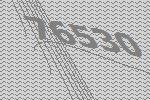
76530